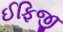
ઈફિજી